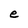
Character: e